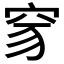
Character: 𥥒